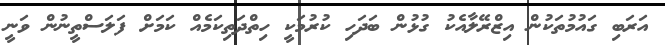
އަރަބި ގައުމުތަކުން އިޒްރޭލާއެކު ގުޅުން ބަދަހި ކުރުމަކީ ހިތްދަތިކަމެއް ކަމަށް ފަލަސްތީނުން ވަނީ